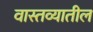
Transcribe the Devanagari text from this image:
वास्तव्यातील